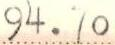
94.70